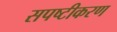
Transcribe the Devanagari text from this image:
सपष्टीकरण